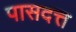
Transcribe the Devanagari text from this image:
पासदत्त